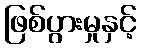
ဖြစ်ပွားမှုနှင့်